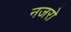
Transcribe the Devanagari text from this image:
नजरो